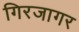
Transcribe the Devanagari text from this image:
गिरजागर